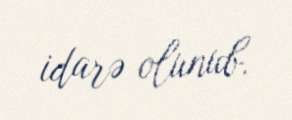
idarə olunub.